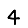
Digit: 4